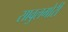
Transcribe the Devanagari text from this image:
सावुलगोरी